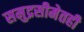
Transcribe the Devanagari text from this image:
समुद्रसीमेतही